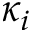
\kappa _ { i }